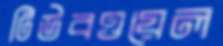
টিউবওয়েল